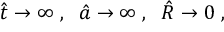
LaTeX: \hat { t } \to \infty \; , \; \; \hat { a } \to \infty \; , \; \; \hat { R } \to 0 \; ,